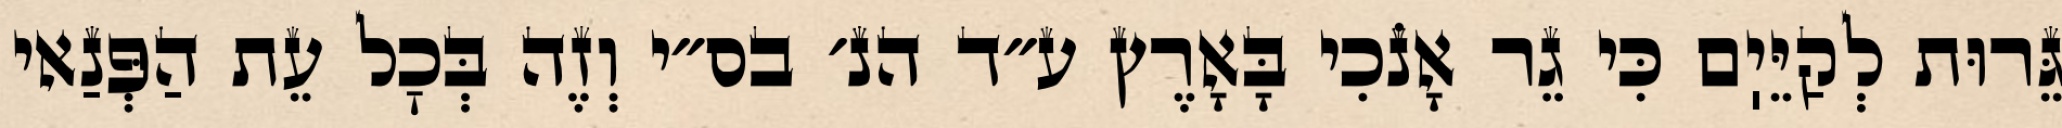
גֵּרוּת לְקַיֵּיֽם כִּי גֵר אָנֹכִי בָּאָרֶץ ע״ד הנ׳ בס״י וְזֶה בְּכׇל עֵת הַפְּנַאי